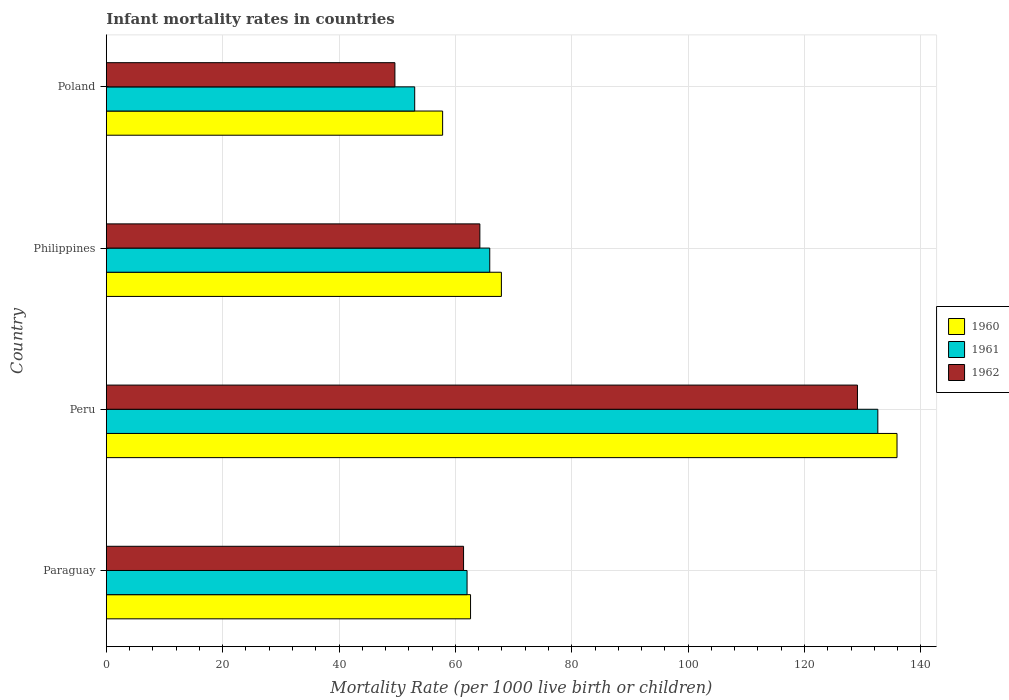
| Country | 1960 | 1961 | 1962 |
 | --- | --- | --- | --- |
 | Paraguay | 62.6 | 62 | 61.4 |
 | Peru | 136 | 133 | 129 |
 | Philippines | 67.9 | 65.9 | 64.2 |
 | Poland | 57.8 | 53 | 49.6 |